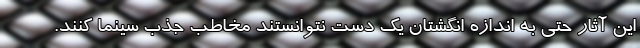
این آثار حتی به اندازه انگشتان یک دست نتوانستند مخاطب جذب سینما کنند.